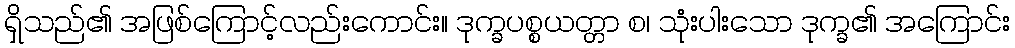
ရှိသည်၏ အဖြစ်ကြောင့်လည်းကောင်း။ ဒုက္ခပစ္စယတ္တာ စ၊ သုံးပါးသော ဒုက္ခ၏ အကြောင်း